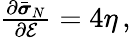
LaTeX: \begin{array}{r}{\frac{\partial\bar{\boldsymbol{\sigma}}_{N}}{\partial\mathcal{E}}=4\eta\, ,}\end{array}